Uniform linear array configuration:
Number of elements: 12
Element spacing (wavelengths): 0.5
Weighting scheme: hamming
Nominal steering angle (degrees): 15
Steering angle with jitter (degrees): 16.075
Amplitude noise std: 0.05
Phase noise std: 0.05

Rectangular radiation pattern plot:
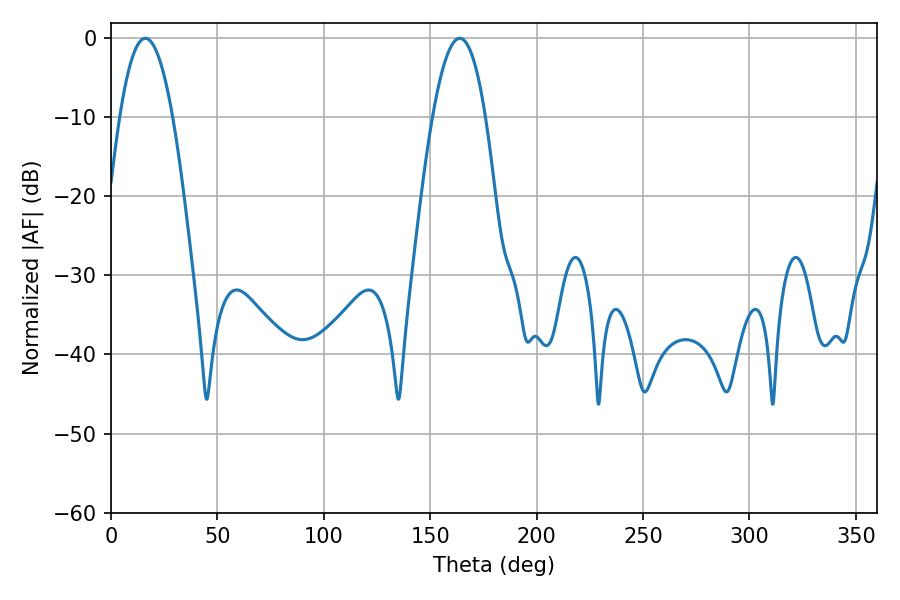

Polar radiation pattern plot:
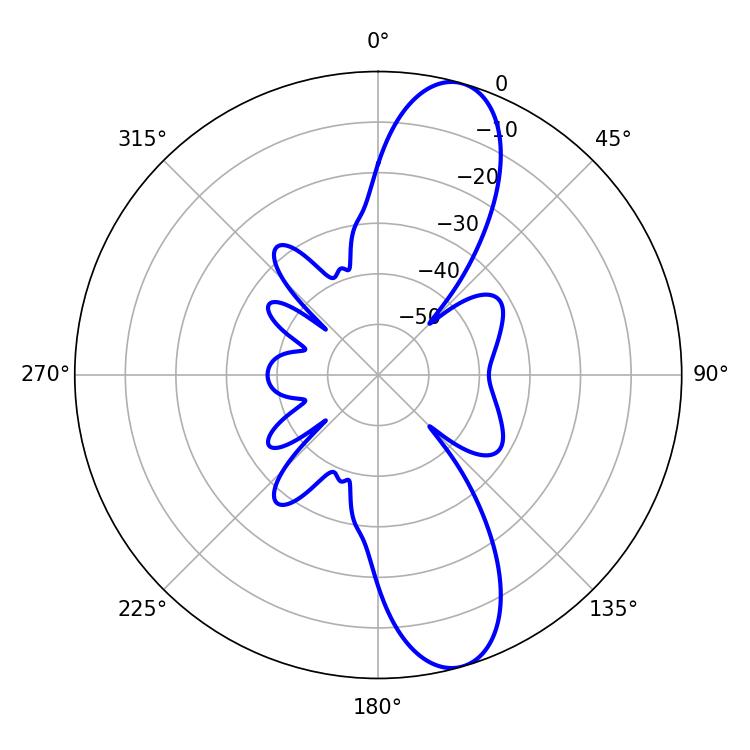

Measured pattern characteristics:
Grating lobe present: FALSE
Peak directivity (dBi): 11.447
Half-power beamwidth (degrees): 13.68
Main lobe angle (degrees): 163.8